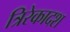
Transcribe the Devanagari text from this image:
त्रिरेकादश